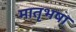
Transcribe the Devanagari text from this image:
मातृभषा